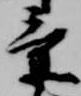
景